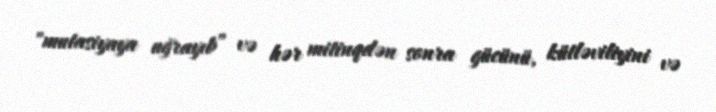
"mutasiyaya uğrayıb” və hər mitinqdən sonra gücünü, kütləviliyini və